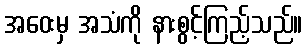
အဝေးမှ အသံကို နားစွင့်ကြည့်သည်။